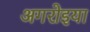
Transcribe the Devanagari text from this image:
अगरोइया